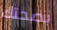
بصحتك